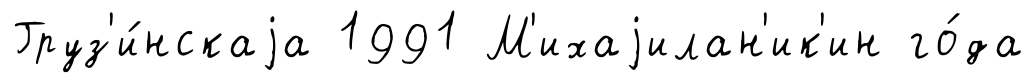
Груз'и́нскаjа 1991 М'ихаjилан'ик'ин го́да